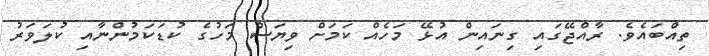
ތިއްބައެވެ. ރާއްޖޭގައި ގިނައިން އުޅޭ މަހެއް ކަމަށް ވިޔަސް މަހުގެ ކުޑަކަމުންނާއި ކުލަވަރު